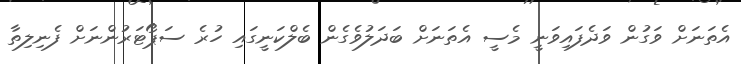
އެތަނަށް ވަގުން ވަދެފައިވަނީ މެސީ އެތަނަށް ބަދަލުވެގެން ބެލްކަނީގައި ހުރެ ސަޕޯޓަރުންނަށް ފެނިލިތާ